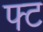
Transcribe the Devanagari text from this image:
फ्ट